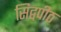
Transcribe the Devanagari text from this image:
सिद्वपीठ